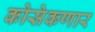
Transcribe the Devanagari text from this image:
कोसेकणार